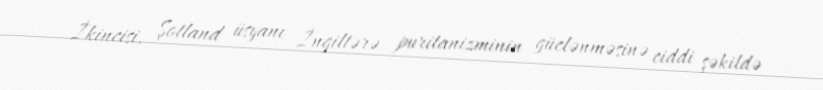
İkincisi, Şotland üsyanı İngiltərə puritanizminin güclənməsinə ciddi şəkildə